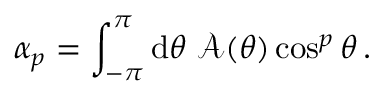
\alpha _ { p } = \int _ { - \pi } ^ { \pi } \mathrm { d } \theta \ \mathcal { A } ( \theta ) \cos ^ { p } \theta \, .